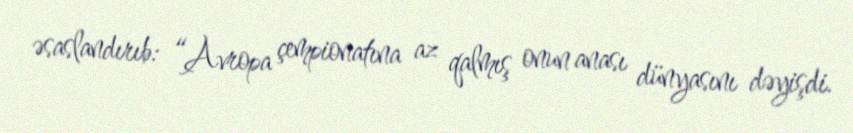
əsaslandırıb: “Avropa çempionatına az qalmış onun anası dünyasını dəyişdi.